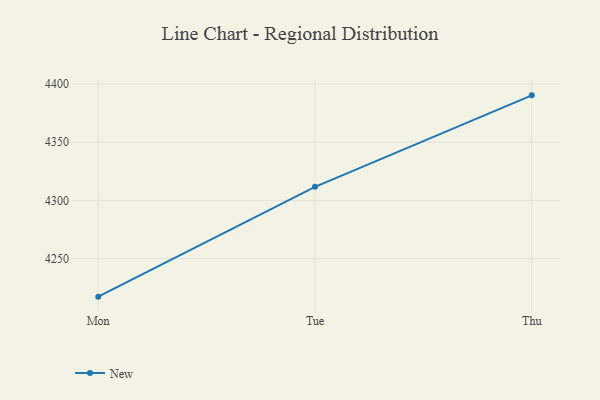
{"axis": {"x": "Day", "y": "Bounce Rate (%)"}, "legend": ["New"], "data": [{"x": "Mon", "y": 4217.4, "type": "New"}, {"x": "Tue", "y": 4311.7, "type": "New"}, {"x": "Thu", "y": 4390.2, "type": "New"}]}